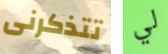
تتذكرنى لي